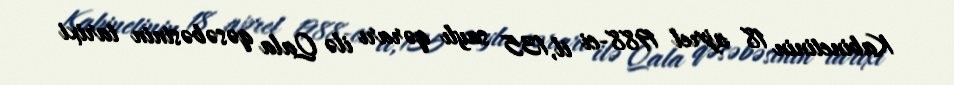
Kabinetinin 18 aprel 1988-ci il, 135 saylı qərarı ilə Qala qəsəbəsinin tarixi